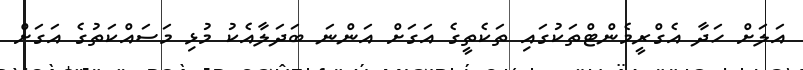
އަލަށް ހަދާ އެގްރީމެންޓްތަކުގައި ތަކެތީގެ އަގަށް އަންނަ ބަދަލާއެކު މުޅި މަސައްކަތުގެ އަގަށް